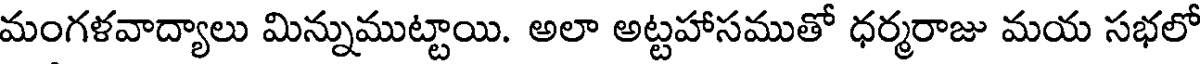
మంగళవాద్యాలు మిన్నుముట్టాయి. అలా అట్టహాసముతో ధర్మరాజు మయ సభలో